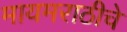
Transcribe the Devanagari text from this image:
मायमराठीचे